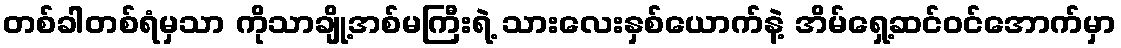
တစ်ခါတစ်ရံမှသာ ကိုသာချို့အစ်မကြီးရဲ့ သားလေးနှစ်ယောက်နဲ့ အိမ်ရှေ့ဆင်ဝင်အောက်မှာ